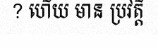
? ហើយ មាន ប្រវត្តិ